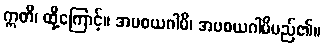
ဣတိ၊ ထို့ကြောင့်။ အပစယဂါမိ၊ အပစယဂါမိမည်၏။